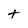
Character: t